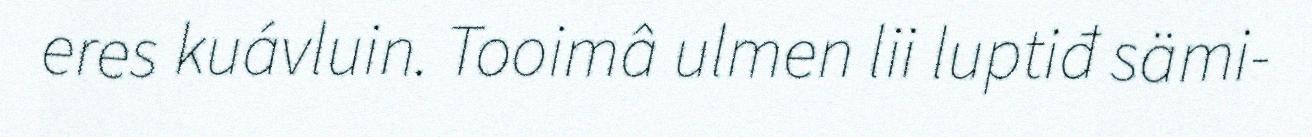
eres kuávluin. Tooimâ ulmen lii luptiđ sämi-